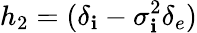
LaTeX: h_{2}=(\delta_{\mathbf{i}}-\sigma_{\mathbf{i}}^{2}\delta_{e})